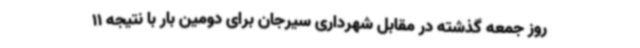
روز جمعه گذشته در مقابل شهرداری سیرجان برای دومین بار با نتیجه 11